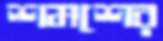
শমশের